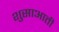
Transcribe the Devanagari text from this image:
शुसाआती